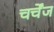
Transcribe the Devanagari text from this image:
चर्चेंज